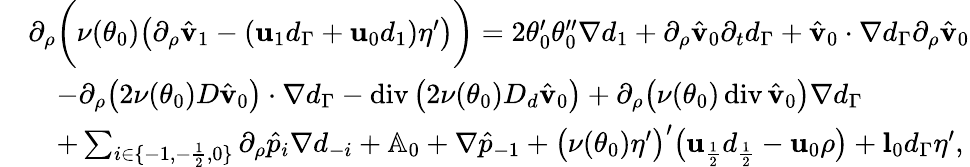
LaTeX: \begin{array}{rl}&{\partial_{\rho}\bigg(\nu(\theta_{0})\big(\partial_{\rho}\hat{\mathbf{v}}_{1}-(\mathbf{u}_{1}d_{\Gamma}+\mathbf{u}_{0}d_{1})\eta^{\prime}\big)\bigg)=2\theta_{0}^{\prime}\theta_{0}^{\prime\prime}\nabla d_{1}+\partial_{\rho}\hat{\mathbf{v}}_{0}\partial_{t}d_{\Gamma}+\hat{\mathbf{v}}_{0}\cdot\nabla d_{\Gamma}\partial_{\rho}\hat{\mathbf{v}}_{0}}\\ &{\quad-\partial_{\rho}\big(2\nu(\theta_{0})D\hat{\mathbf{v}}_{0}\big)\cdot\nabla d_{\Gamma}-\operatorname{div}\big(2\nu(\theta_{0})D_{d}\hat{\mathbf{v}}_{0}\big)+\partial_{\rho}\big(\nu(\theta_{0})\operatorname{div}\hat{\mathbf{v}}_{0}\big)\nabla d_{\Gamma}}\\ &{\quad+\sum_{i\in\{ -1,-\frac{1}{2},0\} }\partial_{\rho}\hat{p}_{i}\nabla d_{-i}+\mathbb{A}_{0}+\nabla\hat{p}_{-1}+\big(\nu(\theta_{0})\eta^{\prime}\big)^{\prime}\big(\mathbf{u}_{\frac{1}{2}}d_{\frac{1}{2}}-\mathbf{u}_{0}\rho\big)+\mathbf{l}_{0}d_{\Gamma}\eta^{\prime},}\end{array}